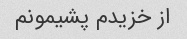
از خزیدم پشیمونم